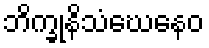
ဘိက္ခုနိသံဃေနေဝ